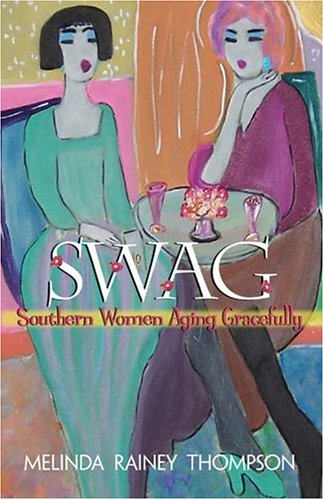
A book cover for Swag: Southern Women Aging Gracefully; Melinda Rainey Thompson; Humor & Entertainment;